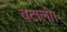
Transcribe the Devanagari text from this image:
बटाली।